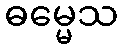
ဓမ္မေသ